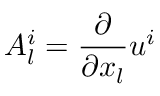
A _ { l } ^ { i } = \frac { \partial } { \partial x _ { l } } u ^ { i }